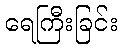
ရေကြီးခြင်း